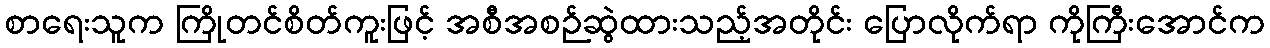
စာရေးသူက ကြိုတင်စိတ်ကူးဖြင့် အစီအစဉ်ဆွဲထားသည့်အတိုင်း ပြောလိုက်ရာ ကိုကြီးအောင်က